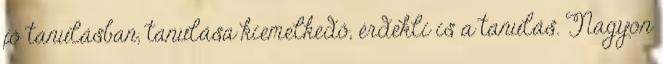
jó tanulásban, tanulása kiemelkedő, érdekli is a tanulás. Nagyon